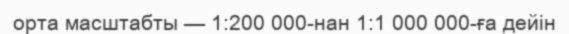
орта масштабты — 1:200 000-нан 1:1 000 000-ға дейін